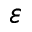
\varepsilon